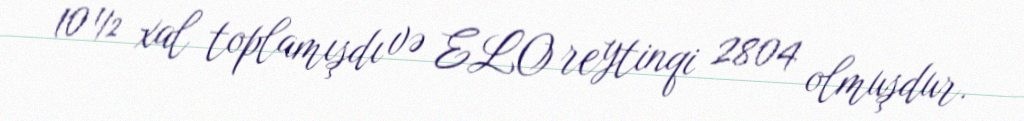
10½ xal toplamışdı və ELO reytinqi 2804 olmuşdur.